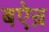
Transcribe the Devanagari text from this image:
बऐन्र